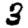
Digit: 3